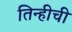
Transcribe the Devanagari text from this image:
तिन्हीची